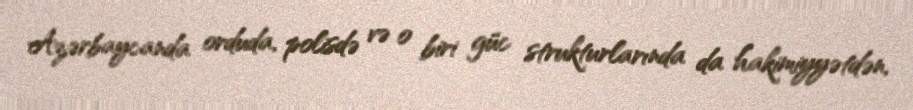
Azərbaycanda orduda, polisdə və o biri güc strukturlarında da hakimiyyətdən,